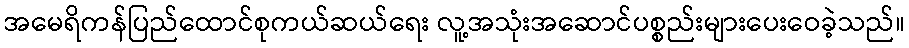
အမေရိကန်ပြည်ထောင်စုကယ်ဆယ်ရေး လူ့အသုံးအဆောင်ပစ္စည်းများပေးဝေခဲ့သည်။